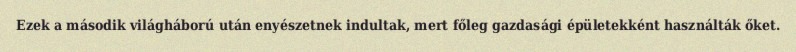
Ezek a második világháború után enyészetnek indultak, mert főleg gazdasági épületekként használták őket.